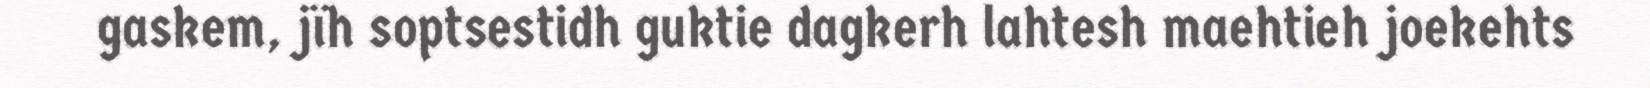
gaskem, jïh soptsestidh guktie dagkerh lahtesh maehtieh joekehts